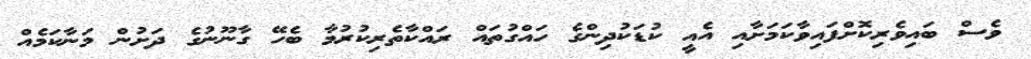
ވެސް ބައިވެރިކޮށްފައިވާކަމަށާއި އެއީ ކުޑަކުދިންގެ ހައްގުތައް ރައްކާތެރިކުރުމާ ބެހޭ ގާނޫނުގެ ދަށުން މަނާކަމެއް